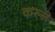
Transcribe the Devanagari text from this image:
करुले